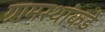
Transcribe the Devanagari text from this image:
ग्रामस्‍थांकडे